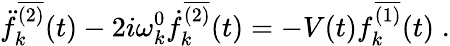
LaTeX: \ddot{f}_{k}^{\overline{{{(2)}}}}(t)-2i\omega_{k}^{0}\dot{f}_{k}^{\overline{{{(2)}}}}(t)=-V(t)f_{k}^{\overline{{{(1)}}}}(t)\; .